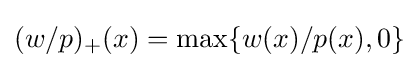
(w/p)_{+}(x)=\max\{w(x)/p(x),0\}